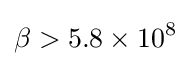
\beta >5.8\times 10^{8}